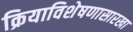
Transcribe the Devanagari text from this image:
क्रियाविशेषणासारखा